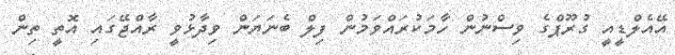
އޭއެލްޑީއީ ގުރޫޕްގެ ވިސްނުން ހާމަކުރައްވަމުން ފިލް ބެނަޔަން ވިދާޅުވީ ރާއްޖޭގައި އޮތީ ތިން